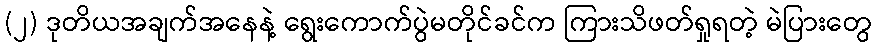
(၂) ဒုတိယအချက်အနေနဲ့ ရွေးကောက်ပွဲမတိုင်ခင်က ကြားသိဖတ်ရှုရတဲ့ မဲပြားတွေ